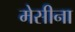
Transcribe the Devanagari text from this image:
मेसीना